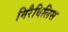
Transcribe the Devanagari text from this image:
मिरैबिलिस